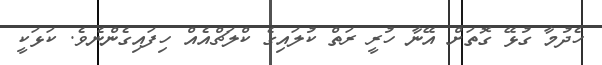
ހެދުމާ ގުޅޭ ގޮތަށް އޭނާ ހުރީ ރަތް ކުލައިގެ ކްލަޗްއެއް ހިފައިގެންނެވެ. ކަޅަކީ